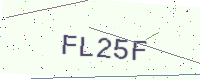
Text: FL25F